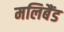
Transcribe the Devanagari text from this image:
मलिबैंड